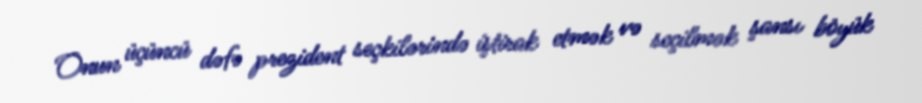
Onun üçüncü dəfə prezident seçkilərində iştirak etmək və seçilmək şansı böyük